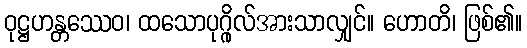
ဝုဋ္ဌဟန္တဿေဝ၊ ထသောပုဂ္ဂိုလ်အားသာလျှင်။ ဟောတိ၊ ဖြစ်၏။